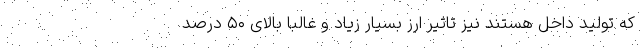
که تولید داخل هستند نیز تاثیر ارز بسیار زیاد و غالباً بالای ۵۰ درصد